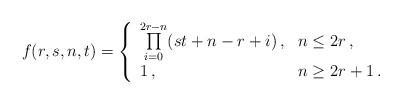
\begin{align*}f(r,s,n,t)=\left\{ \begin{array}{ll} \prod\limits_{i=0}^{2r-n}(s t + n - r + i)\,,&n\leq2r\,,\\ 1\,,&n\geq2r+1\,. \end{array}\right. \end{align*}